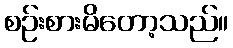
စဉ်းစားမိတော့သည်။